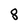
Character: 8